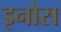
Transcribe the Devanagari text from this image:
इनोस